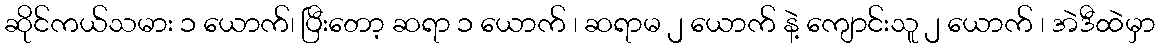
ဆိုင်ကယ်သမား ၁ ယောက်၊ ပြီးတော့ ဆရာ ၁ ယောက် ၊ ဆရာမ ၂ ယောက် နဲ့ ကျောင်းသူ ၂ ယောက် ၊ အဲဒီထဲမှာ